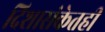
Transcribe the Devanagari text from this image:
दिशासंकेतही